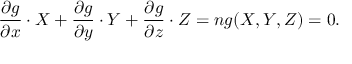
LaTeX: { \frac { \partial g } { \partial x } } \cdot X + { \frac { \partial g } { \partial y } } \cdot Y + { \frac { \partial g } { \partial z } } \cdot Z = n g ( X , Y , Z ) = 0 .